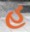
હ